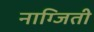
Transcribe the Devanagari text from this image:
नाग्जिती